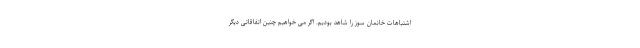
اشتباهات خانمان سوز را شاهد بودیم. اگر می خواهیم چنین اتفاقاتی دیگر